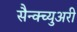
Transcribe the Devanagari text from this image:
सैन्क्च्युअरी